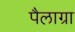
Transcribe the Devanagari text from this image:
पैलाग्रा